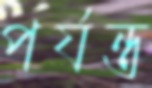
পর্যন্ত